V__Kingissepa_nim__kolhoos, lk 35
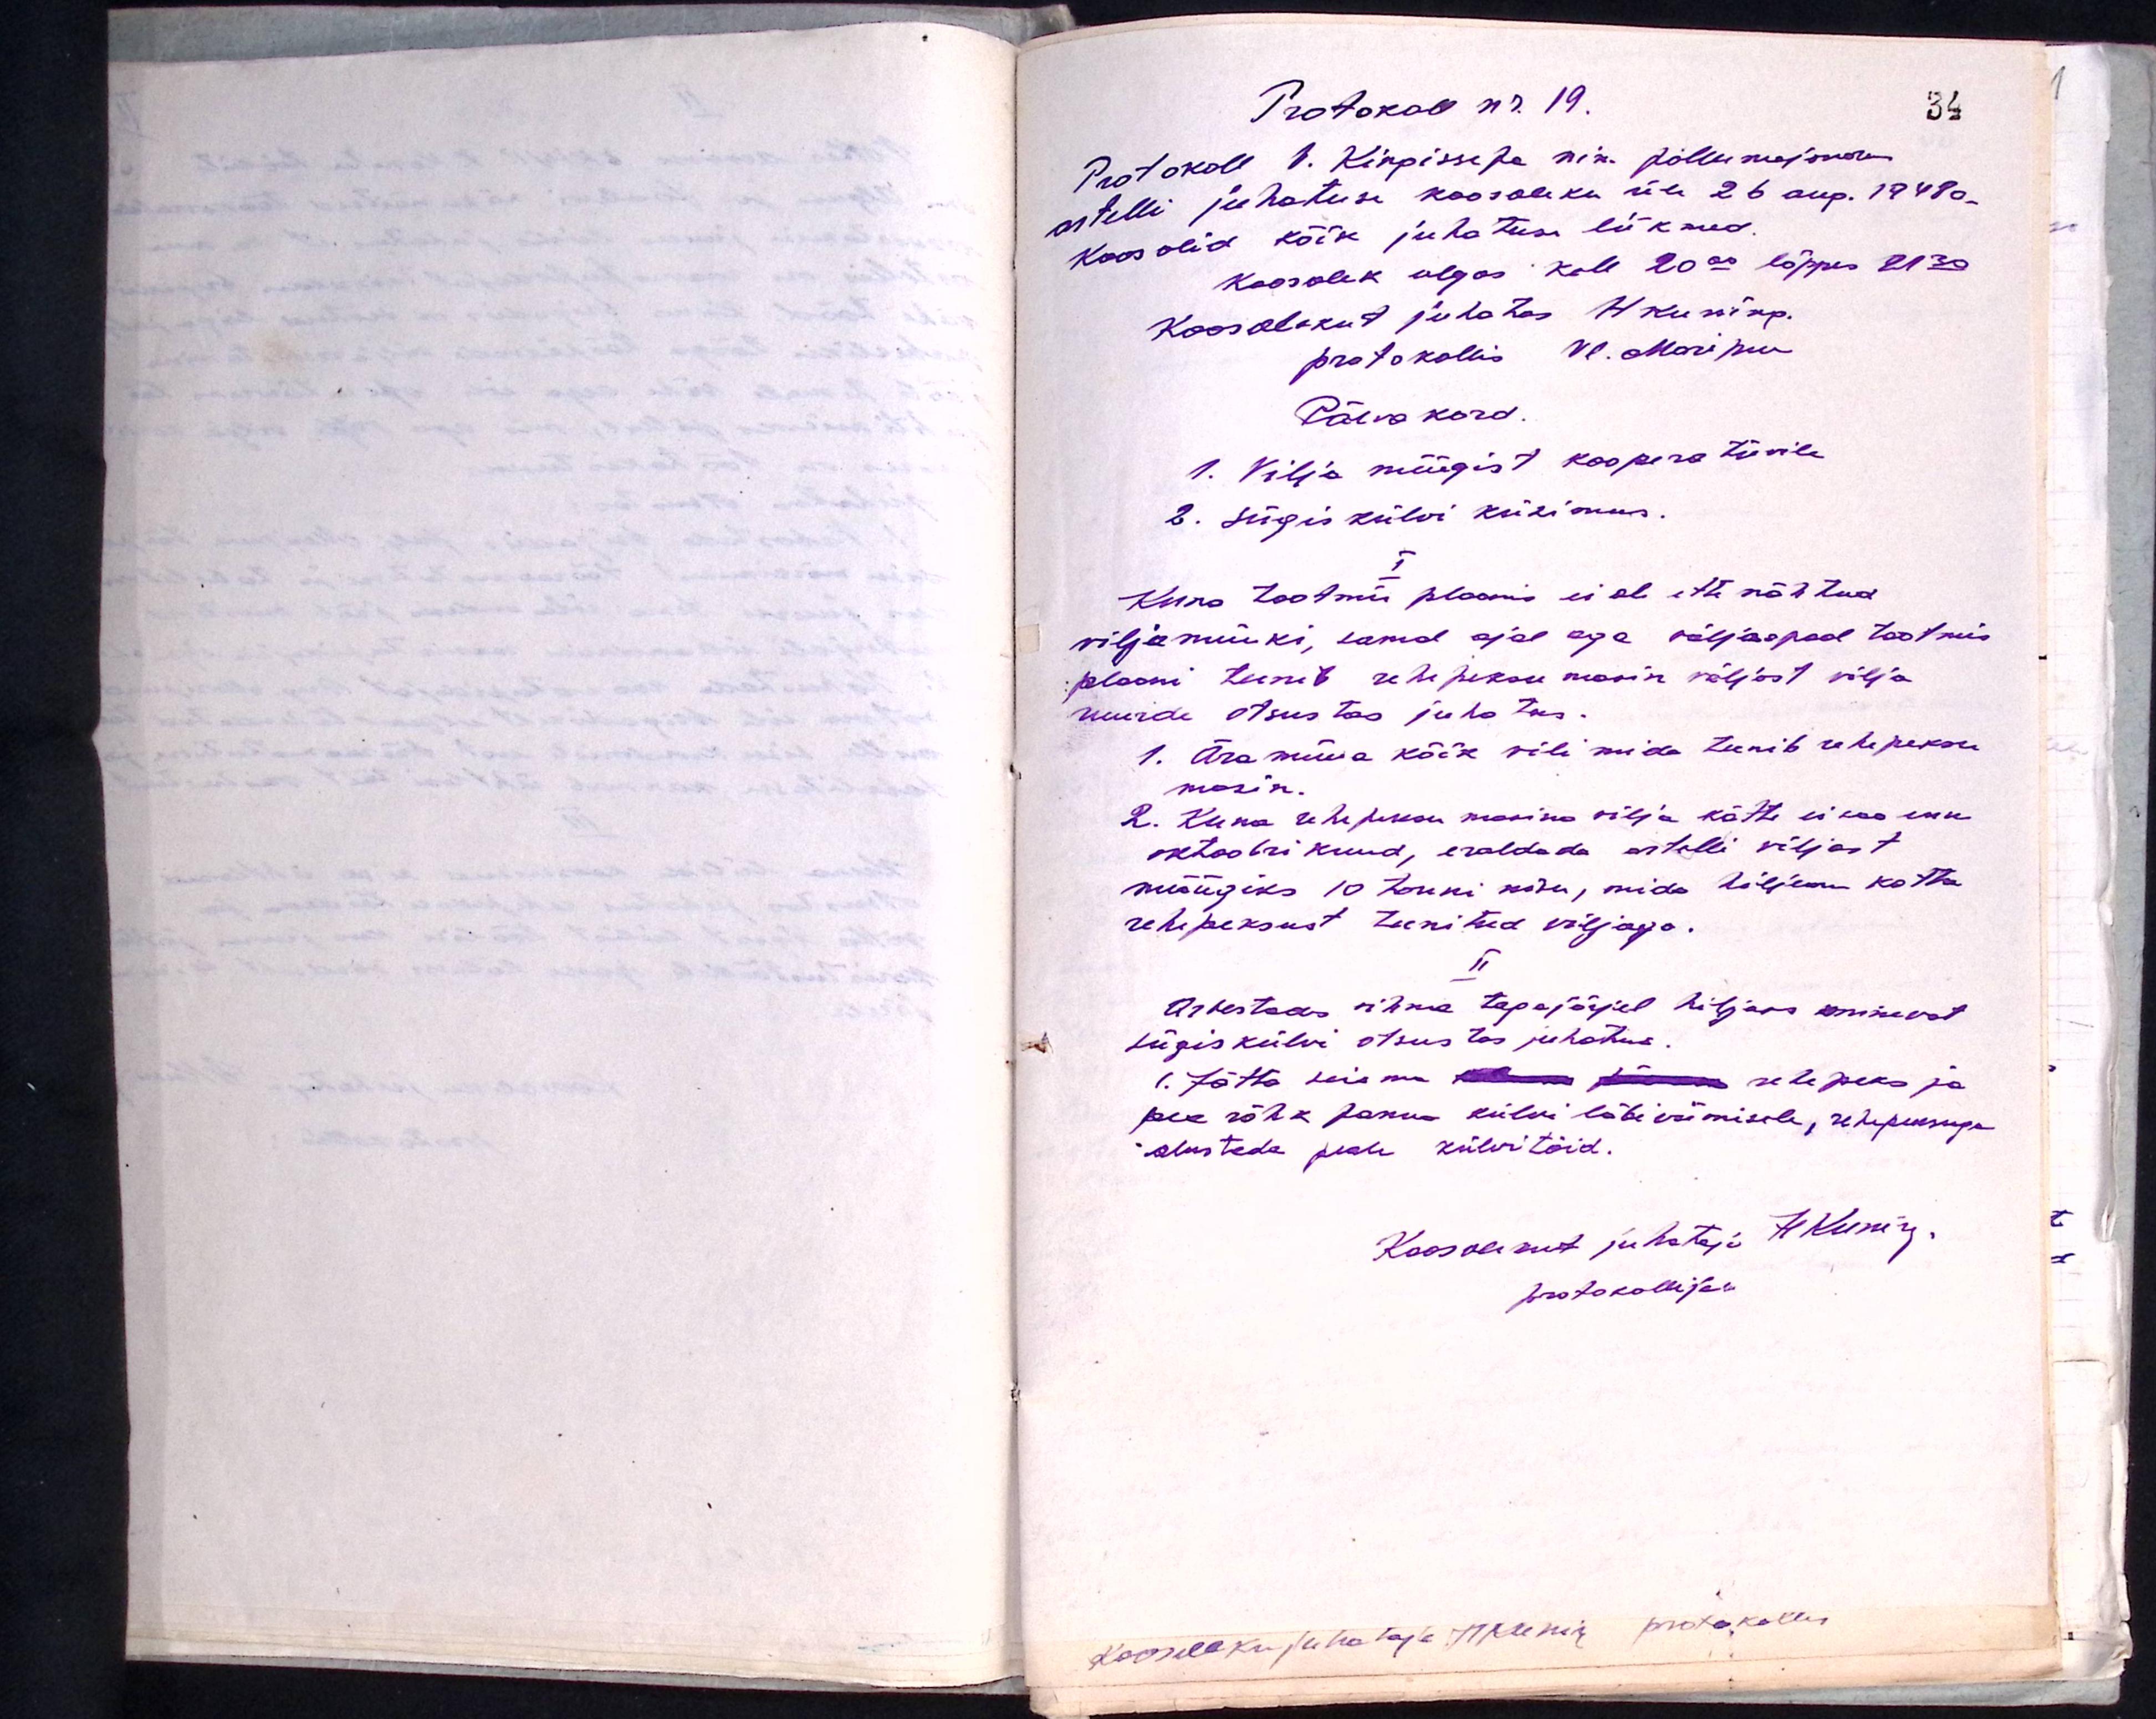
Protokoll nr. 19.
Protokoll V. Kingissepa nim. põllumajandus
artelli juhatuse koosoleku üle 26 aug. 1948a.
Koos olid kõik juhatuse liikmed.
Koosolek algas kell 20.00 lõppes 21.30
Koosolekut juhatas H Kuning.
protokollis Vl. Maripuu
Päevakord.
1. Vilja müügist kooperatiivile
2. Sügis külvi küsimus.
I
Kuna tootmis plaanis ei ole ette nähtud
viljamüüki, samal ajal aga väljaspool tootmis-
plaani teenib rehepeksu masin väljast vilja
uuride otsustas juhatus.
1. Ära müüa kõik vili mida teenib rehepeksu
masin.
2. Kuna rehepeksu masina vilja kätte ei saa enne
oktoobrikuud, eraldada artelli väljast
müügiks 10 tonni nisu, mida hiljem kätte
rehepeksust teenitud viljaga.
II
Arvestades vihma tagajärjel hiljaks minevat
sügiskülvi otsustas juhatus.
1. Jätta seisma kolmeks päevaks rehepeks ja
pea rõhk panna külvi läbiviimisele, rehepeksuga
alustada peale külvitöid.
Koosolekut juhataja H. Kun'y.
protokollija: